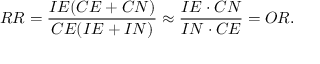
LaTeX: R R = { \frac { I E ( C E + C N ) } { C E ( I E + I N ) } } \approx { \frac { I E \cdot C N } { I N \cdot C E } } = O R .